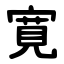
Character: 寛